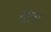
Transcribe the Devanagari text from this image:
खेजा